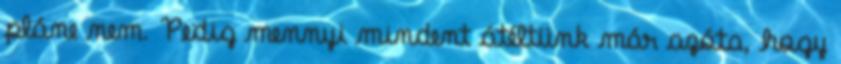
pláne nem. Pedig mennyi mindent átéltünk már azóta, hogy